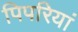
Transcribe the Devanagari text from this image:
पिपरियां